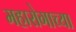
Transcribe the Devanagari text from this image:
महारोगाच्या